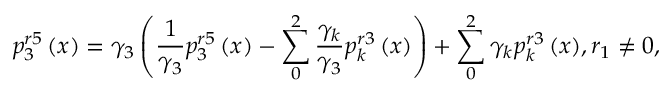
p _ { 3 } ^ { r 5 } \left( x \right) = { { \gamma } _ { 3 } } \left( \frac { 1 } { { { \gamma } _ { 3 } } } p _ { 3 } ^ { r 5 } \left( x \right) - \sum _ { 0 } ^ { 2 } { \frac { { { \gamma } _ { k } } } { { { \gamma } _ { 3 } } } p _ { k } ^ { r 3 } \left( x \right) } \right) + \sum _ { 0 } ^ { 2 } { { { \gamma } _ { k } } p _ { k } ^ { r 3 } \left( x \right) } , { { r } _ { 1 } } \ne 0 ,